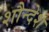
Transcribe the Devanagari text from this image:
शौन्देश